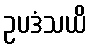
ဥပဒံသယိ